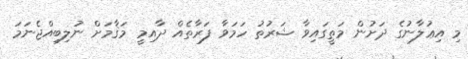
މި އިޢުލާނުގެ ދަށުން މަތީގައިވާ ޝަރުތު ހަމަވާ ފަރާތެއް ދާއިމީ މަޤާމަށް ނުލިބިއްޖެނަމަ